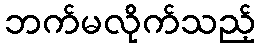
ဘက်မလိုက်သည့်